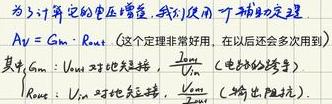
为了计算它的电压增益, 我们使用一个辅助定理.

$A_V = G_m \cdot R_{out}$ (这个定理非常好用, 在以后还会多次用到)

其中 $G_m$: $V_{out}$ 对地短路, $\frac{I_{in}}{V_{in}}$ (电路的跨导)

$R_{out}$: $V_{in}$ 对地短路, $\frac{V_{out}}{I_{out}}$ (输出阻抗).